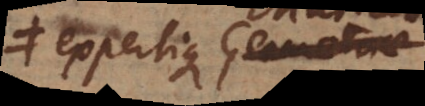
expertique Geometriae